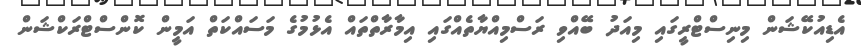
އެޑިއުކޭޝަން މިނިސްޓްރީގައި މިއަދު ބޭއްވި ރަސްމިއްޔާތެއްގައި އިމާރާތްތައް އެޅުމުގެ މަސައްކަތް އަމީން ކޮންސްޓްރަކްޝަން